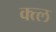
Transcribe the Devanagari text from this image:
क्त्ल